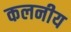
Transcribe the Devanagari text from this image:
कलनीय